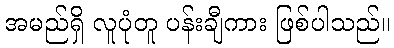
အမည်ရှိ လူပုံတူ ပန်းချီကား ဖြစ်ပါသည်။